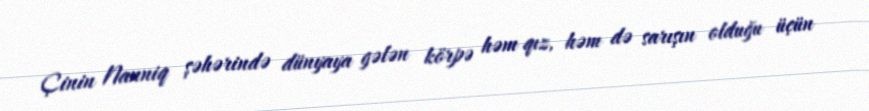
Çinin Nanniq şəhərində dünyaya gələn körpə həm qız, həm də sarışın olduğu üçün